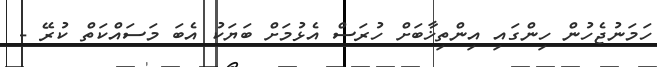
ހަމަނުޖެހުން ހިންގައި އިންތިޚާބަށް ހުރަސް އެޅުމަށް ބަޔަކު އެބަ މަސައްކަތް ކުރޭ -